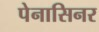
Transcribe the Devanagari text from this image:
पेनासिनर